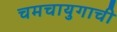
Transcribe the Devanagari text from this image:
चमचायुगाची